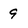
Character: 9